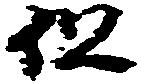
但